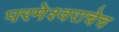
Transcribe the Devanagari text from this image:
परमेश्वराचेच